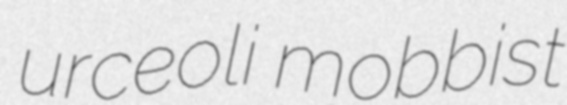
urceoli mobbist